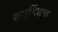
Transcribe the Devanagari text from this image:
लधुपिंडक